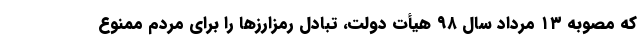
كه مصوبه ۱۳ مرداد سال ۹۸ هيأت دولت، تبادل رمزارزها را برای مردم ممنوع